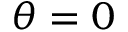
\theta = 0